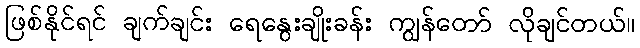
ဖြစ်နိုင်ရင် ချက်ချင်း ရေနွေးချိုးခန်း ကျွန်တော် လိုချင်တယ်။